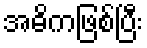
အဓိကဖြစ်ပြီး